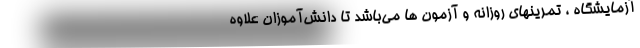
آزمایشگاه ، تمرینهای روزانه و آزمون ها می‌باشد تا دانش‌آموزان علاوه